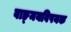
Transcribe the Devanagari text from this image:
वाङ्‌मयविषयक